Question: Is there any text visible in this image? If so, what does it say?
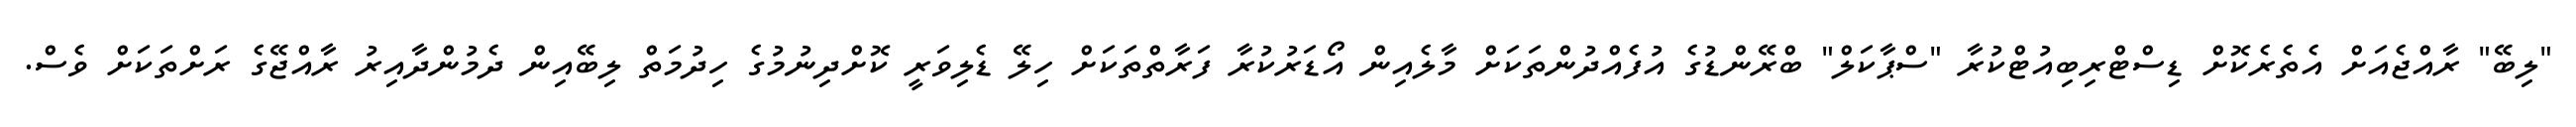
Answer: "ލިބޭ" ރާއްޖެއަށް އެތެރެކޮށް ޑިސްޓްރިބިއުޓްކުރާ "ސްޕާކަލް" ބްރޭންޑުގެ އުފެއްދުންތަކަށް މާލެއިން އޯޑަރުކުރާ ފަރާތްތަކަށް ހިލޭ ޑެލިވަރީ ކޮށްދިނުމުގެ ހިދުމަތް ލިބޭއިން ދެމުންދާއިރު ރާއްޖޭގެ ރަށްތަކަށް ވެސް.